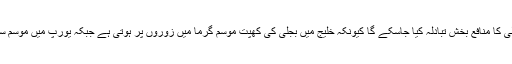
اس طرح موسمیاتی تغیّرات کی بنیاد پر بجلی کا منافع بخش تبادلہ کیا جاسکے گا کیونکہ خلیج میں بجلی کی کھپت موسم گرما میں زوروں پر ہوتی ہے جبکہ یورپ میں موسم سرما میں بجلی کی زیادہ تر کھپت ہوتی ہے۔